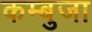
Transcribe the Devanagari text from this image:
कम्बुजा